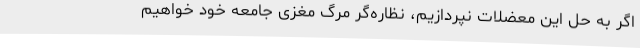
اگر به حل این معضلات نپردازیم، نظاره‌گر مرگ مغزی جامعه خود خواهیم